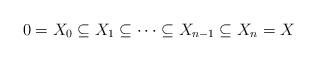
LaTeX: \begin{align*}0=X_{0}\subseteq X_{1}\subseteq\cdots\subseteq X_{n-1}\subseteq X_{n}=X\end{align*}